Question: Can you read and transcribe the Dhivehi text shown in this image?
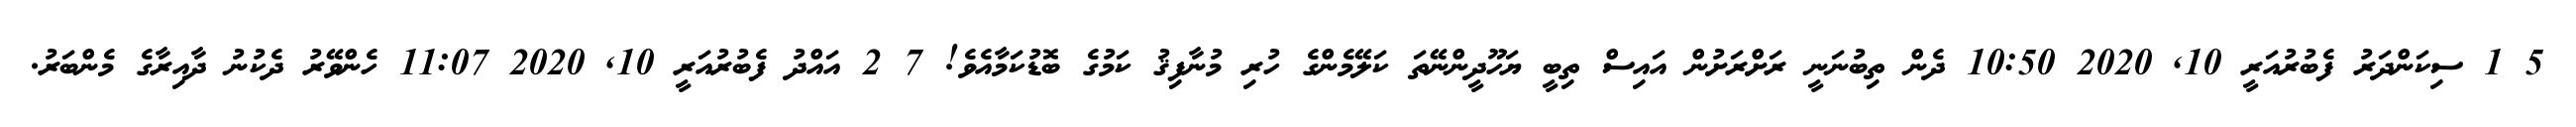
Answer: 5 1 ސިކަންދަރު ފެބުރުއަރީ 10, 2020 10:50 ދެން ތިބުނަނީ ރަށްރަށުން އައިސް ތިބީ ޔަހޫދީންނޭތަ ކަލޭމެންގެ ހުރި މުނާފިޤު ކަމުގެ ބޮޑުކަމާއެވެ! 7 2 އައްދު ފެބުރުއަރީ 10, 2020 11:07 ހެންވޭރު ދެކުނު ދާއިރާގެ މެންބަރު.